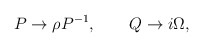
\begin{align*}P \rightarrow \rho P^{-1}, \qquad Q \rightarrow i\Omega,\end{align*}